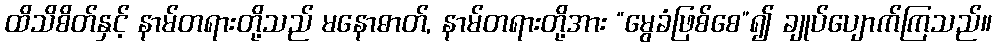
ထိသိစိတ်နှင့် နာမ်တရားတို့သည် မနောဓာတ်, နာမ်တရားတို့အား “မွေခံဖြစ်စေ”၍ ချုပ်ပျောက်ကြသည်။